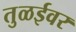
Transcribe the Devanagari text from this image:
तुळईवर